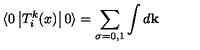
\langle 0 \left| T _ { i } ^ { k } ( x ) \right| 0 \rangle = \sum _ { \sigma = 0 , 1 } \int d { \mathbf k }